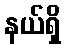
နယ်ရှိ